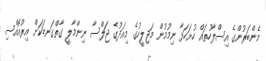
މެންބަރުންގެ އިސްލާހުތައް ހުށަހަޅާ ނިމުމުން މަޖިލީހުގެ މިއަދުގެ ޖަލްސާ ނިންމާލީ ގާތްގަނޑަކަށް އިރުއޮއްސި